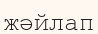
жәйлап